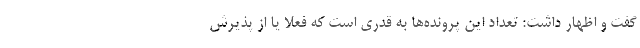
گفت و اظهار داشت: تعداد این پرونده‌ها به قدری است که فعلاً یا از پذیرش